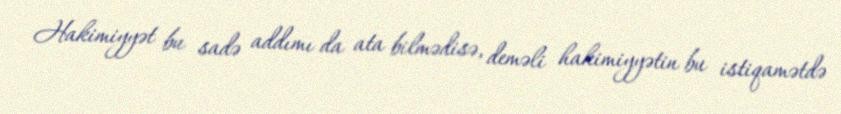
Hakimiyyət bu sadə addımı da ata bilmədisə, deməli hakimiyyətin bu istiqamətdə